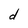
Character: d